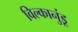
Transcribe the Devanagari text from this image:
विल्कानुंडू